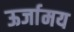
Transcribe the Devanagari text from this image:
ऊर्जामय